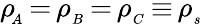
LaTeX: \rho\! _{_A}\, {=}\, \rho_{_B}\, {=}\, \rho_{_C}\, {\equiv}\, \rho_{_s}